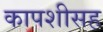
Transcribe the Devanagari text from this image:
कापशीसह